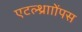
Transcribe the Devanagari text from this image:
एटल्थ्रााोंपस